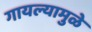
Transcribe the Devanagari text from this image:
गायल्यामुळे